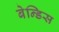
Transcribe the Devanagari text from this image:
बेन्डिस